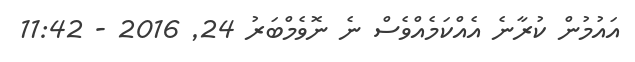
އައުމުން ކުރާނެ އެއްކަމެއްވެސް ނެ ނޮވެމްބަރު 24